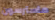
ماسترسون